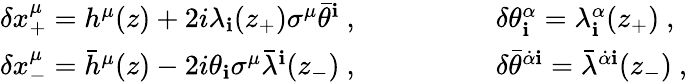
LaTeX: \begin{array}{ll}{{\delta x_{+}^{\mu}=h^{\mu}(z)+2i\lambda_{\mathbf i}(z_{+})\sigma^{\mu}\bar{\theta}^{\mathbf i}\ ,\qquad\qquad}}&{{\delta\theta_{\mathbf i}^{\alpha}=\lambda_{\mathbf i}^{\alpha}(z_{+})\ ,}}\\ {{\delta x_{-}^{\mu}={\bar{h}}^{\mu}(z)-2i\theta_{\mathbf i}\sigma^{\mu}{\bar{\lambda}}^{\mathbf i}(z_{-})\ ,\qquad\qquad}}&{{\delta\bar{\theta}^{{\dot{\alpha}}{\mathbf i}}={\bar{\lambda}}^{{\dot{\alpha}}{\mathbf i}}(z_{-})\ ,}}\end{array}